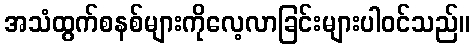
အသံထွက်စနစ်များကိုလေ့လာခြင်းများပါဝင်သည်။